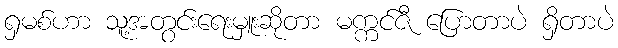
ရှမစ်ဟာ သူ့အတွင်းရေးမှူးဆိုတာ မက္ကင်ဇီ ပြောတာပဲ ရှိတာပဲ